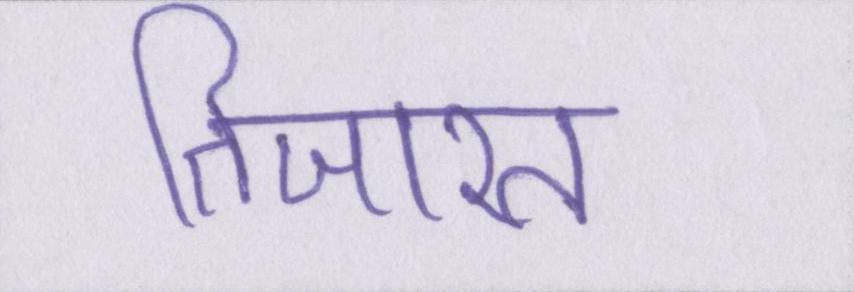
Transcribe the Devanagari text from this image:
तिजारत